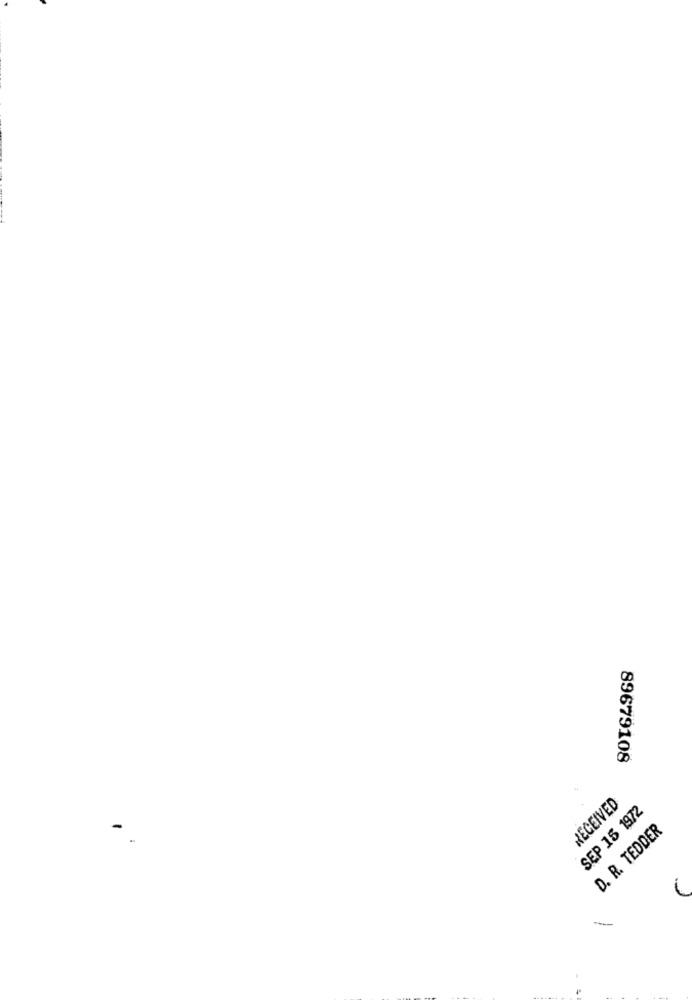
89679108
RECEIVED
SEP 15 1972
D. R. TEDDER
-